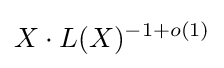
X\cdot L(X)^{-1+o(1)}